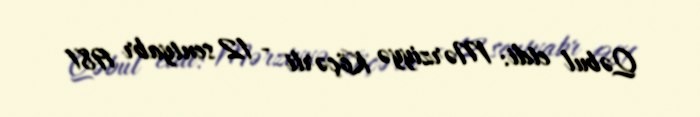
Qəbul etdi: Mərziyyə Köçərli - 12 sentyabr 1981